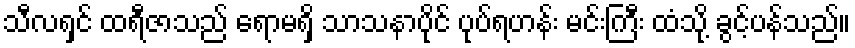
သီလရှင် ထရီဇာသည် ရောမရှိ သာသနာပိုင် ပုပ်ရဟန်း မင်းကြီး ထံသို့ ခွင့်ပန်သည်။